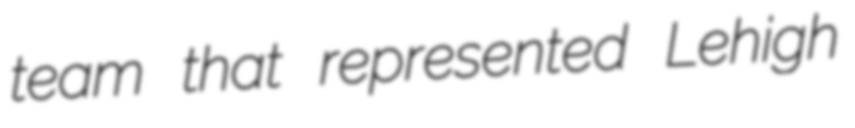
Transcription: team that represented Lehigh